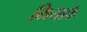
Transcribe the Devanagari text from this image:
मियाके